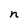
Character: n